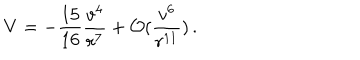
V = - \frac { 1 5 } { 1 6 } \frac { v ^ { 4 } } { r ^ { 7 } } + { \cal O } ( \frac { v ^ { 6 } } { r ^ { 1 1 } } ) \, .